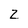
Character: 2